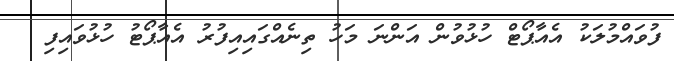
ފުވައްމުލަކު އެއާޕޯޓް ހުޅުވުން އަންނަ މަހު ތިނެއްގައިއިފުރު އެއާޕޯޓު ހުޅުވައިފި